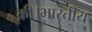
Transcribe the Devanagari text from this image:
की।भारतीय